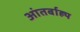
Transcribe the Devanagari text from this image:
आंतर्बाह्य